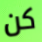
كن